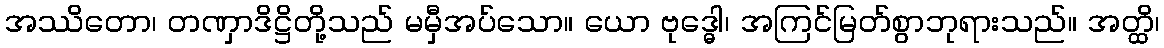
အဿိတော၊ တဏှာဒိဋ္ဌိတို့သည် မမှီအပ်သော။ ယော ဗုဒ္ဓေါ၊ အကြင်မြတ်စွာဘုရားသည်။ အတ္ထိ၊